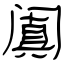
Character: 阗